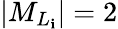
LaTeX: \vert{M}_{{L}_{\mathbf{i}}}\vert=2